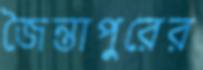
জৈন্তাপুরের